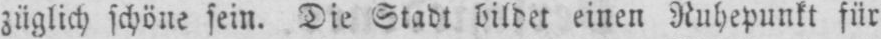
züglich schöne sein. Die Stadt bildet einen Ruhepunkt für